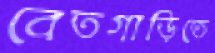
বেতগাড়িতে